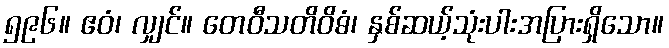
၅၉၆။ ဧဝံ၊ လျှင်။ တေဝီသတိဝိဓံ၊ နှစ်ဆယ့်သုံးပါးအပြားရှိသော။